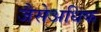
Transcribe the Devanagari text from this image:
जैसेअधिक